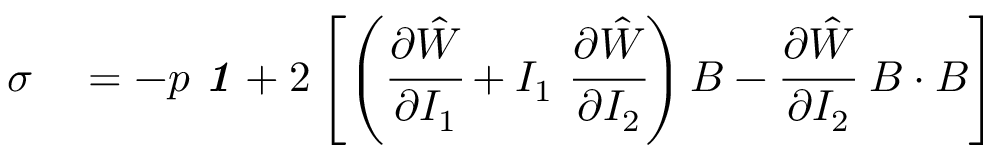
\begin{array} { r l } { { \boldsymbol { \sigma } } } & { { } = - p ~ { \boldsymbol { \mathit { 1 } } } + 2 \left[ \left( { \cfrac { \partial { \hat { W } } } { \partial I _ { 1 } } } + I _ { 1 } ~ { \cfrac { \partial { \hat { W } } } { \partial I _ { 2 } } } \right) { \boldsymbol { B } } - { \cfrac { \partial { \hat { W } } } { \partial I _ { 2 } } } ~ { \boldsymbol { B } } \cdot { \boldsymbol { B } } \right] } \end{array}